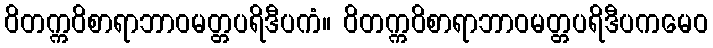
ဝိတက္ကဝိစာရာဘာဝမတ္တပရိဒီပကံ။ ဝိတက္ကဝိစာရာဘာဝမတ္တပရိဒီပကမေဝ